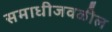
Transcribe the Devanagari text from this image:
समाधीजवळील